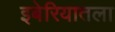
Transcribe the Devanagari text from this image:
इबेरियातला